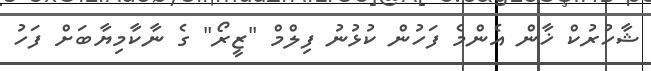
ޝާހުރުކް ޚާން އެންމެ ފަހުން ކުޅުނު ފިލްމް "ޒީރޯ" ގެ ނާކާމިޔާބަށް ފަހު